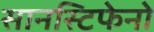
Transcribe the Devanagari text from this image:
सानस्टिफेनो